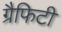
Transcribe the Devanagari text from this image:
ग्रैफिटी